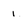
Character: i